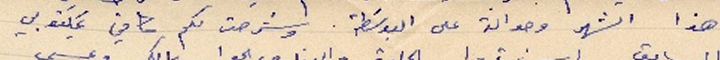
هذا الشهر وحوالة على البوسَطة. وشرحت لكم كافي بمكتوبي